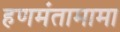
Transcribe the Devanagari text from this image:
हणमंतामामा